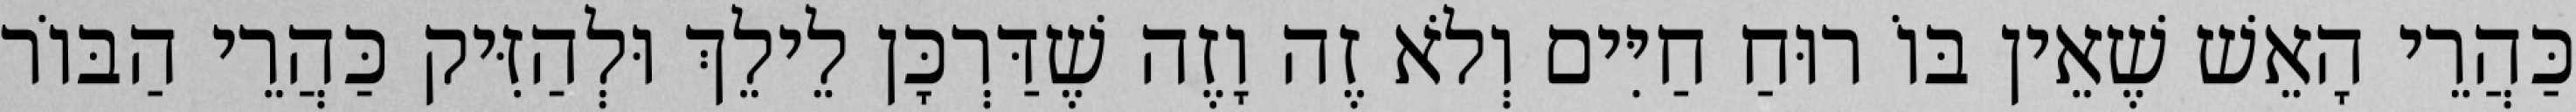
כַּהֲרֵי הָאֵשׁ שֶׁאֵין בּוֹ רוּחַ חַיִּים וְלֹא זֶה וָזֶה שֶׁדַּרְכָּן לֵילֵךְ וּלְהַזִּיק כַּהֲרֵי הַבּוֹר